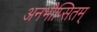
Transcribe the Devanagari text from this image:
अनभीप्सितम्